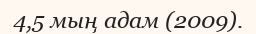
4,5 мың адам (2009).